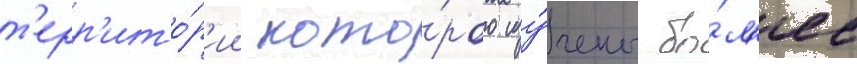
т'ерр'ито́р'ии кото́рого изу́чены бо́л'ее